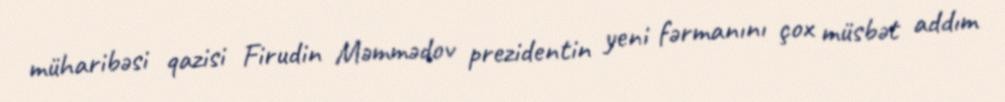
müharibəsi qazisi Firudin Məmmədov prezidentin yeni fərmanını çox müsbət addım